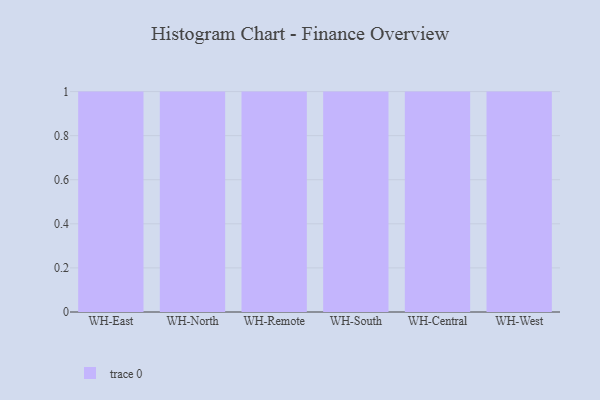
{"axis": {"x": "Warehouse", "y": "Active Users"}, "legend": [""], "data": [{"x": "WH-East", "y": 11, "type": ""}, {"x": "WH-North", "y": 32, "type": ""}, {"x": "WH-Remote", "y": 56, "type": ""}, {"x": "WH-South", "y": 2, "type": ""}, {"x": "WH-Central", "y": 100, "type": ""}, {"x": "WH-West", "y": 69, "type": ""}]}